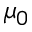
\mu _ { 0 }